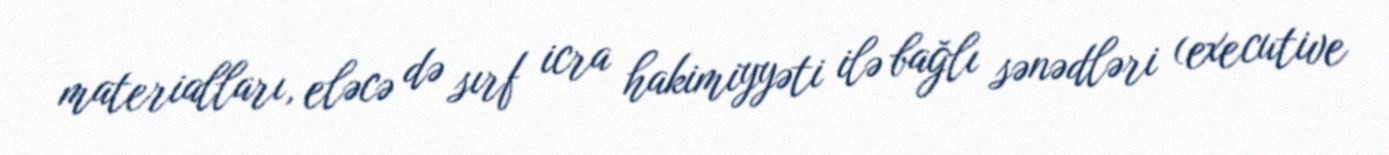
materialları, eləcə də sırf icra hakimiyyəti ilə bağlı sənədləri (executive